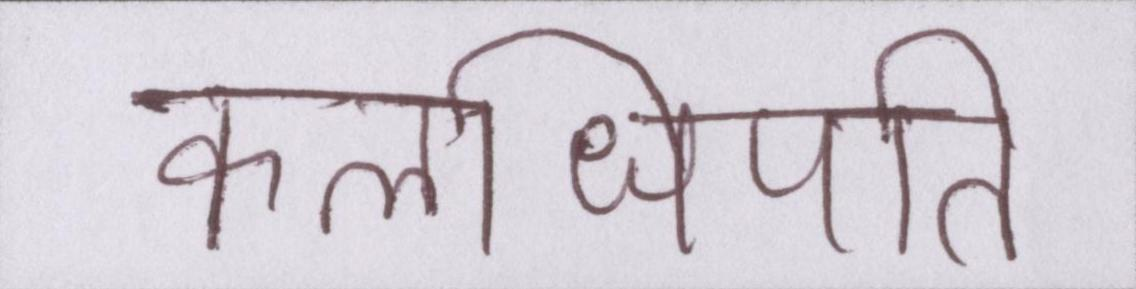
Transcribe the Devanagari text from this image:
कलाधिपति